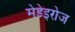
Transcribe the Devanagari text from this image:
मेडेइरोज